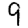
Digit: 9